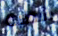
شظية